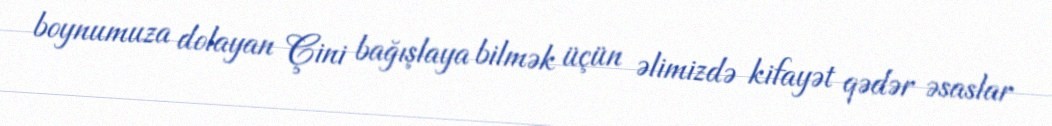
boynumuza dolayan Çini bağışlaya bilmək üçün əlimizdə kifayət qədər əsaslar